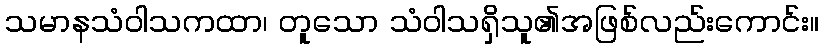
သမာနသံဝါသကထာ၊ တူသော သံဝါသရှိသူ၏အဖြစ်လည်းကောင်း။